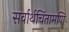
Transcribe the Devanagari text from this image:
सर्वार्थचिंतामणि